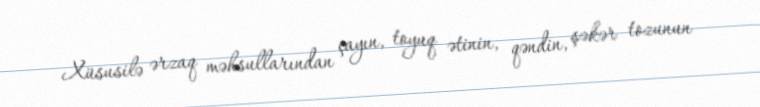
Xüsusilə ərzaq məhsullarından çayın, toyuq ətinin, qəndin, şəkər tozunun